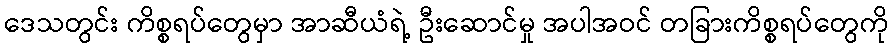
ဒေသတွင်း ကိစ္စရပ်တွေမှာ အာဆီယံရဲ့ ဦးဆောင်မှု အပါအဝင် တခြားကိစ္စရပ်တွေကို